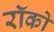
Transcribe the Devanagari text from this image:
रॉको